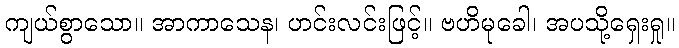
ကျယ်စွာသော။ အာကာသေန၊ ဟင်းလင်းဖြင့်။ ဗဟိမုခေါ၊ အပသို့ရှေးရှု။